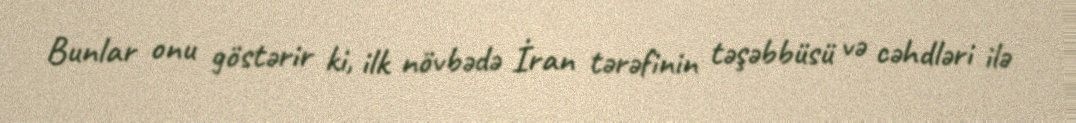
Bunlar onu göstərir ki, ilk növbədə İran tərəfinin təşəbbüsü və cəhdləri ilə